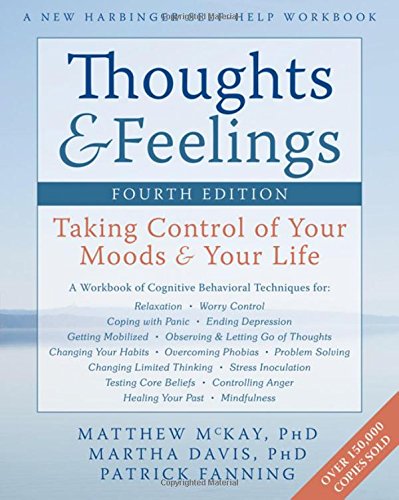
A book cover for Thoughts and Feelings: Taking Control of Your Moods and Your Life; Matthew McKay PhD; Science & Math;